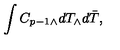
\int C _ { p - 1 } _ { \wedge } d T _ { \wedge } d \bar { T } ,